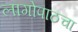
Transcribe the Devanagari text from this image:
लागोपाठचा